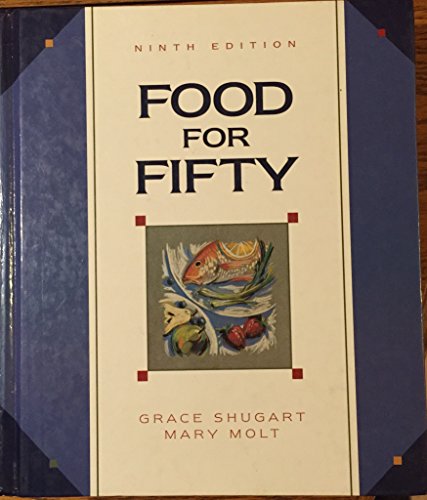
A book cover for Food for Fifty: 9th edition; Grace Shugart; Cookbooks, Food & Wine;